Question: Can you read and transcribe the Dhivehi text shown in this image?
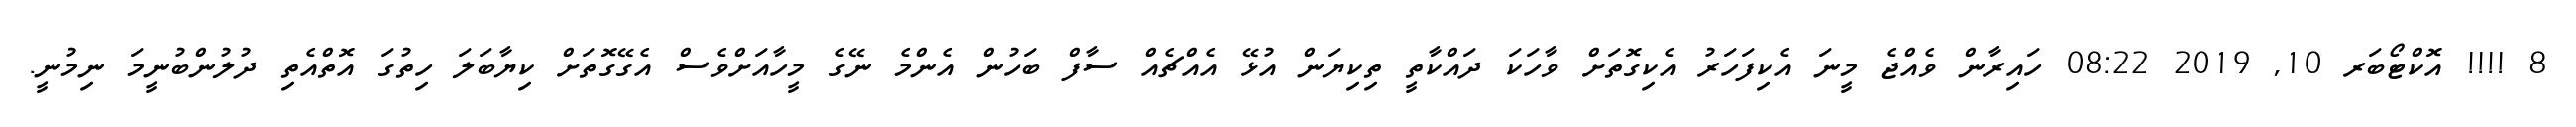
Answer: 8 !!!! އޮކްޓޯބަރ 10, 2019 08:22 ހައިރާން ވެއްޖެ މީނަ އެކިފަހަރު އެކިގޮތަށް ވާހަކަ ދައްކާތީ ތިކިޔަން އުޅޭ އެއްޗެއް ސާފް ބަހުން އެންމެ ނޭގެ މީހާއަށްވެސް އެގޭގޮތަށް ކިޔާބަލަ ހިތުގަ އޮތްއެތި ދުލުންބުނީމަ ނިމުނީ.